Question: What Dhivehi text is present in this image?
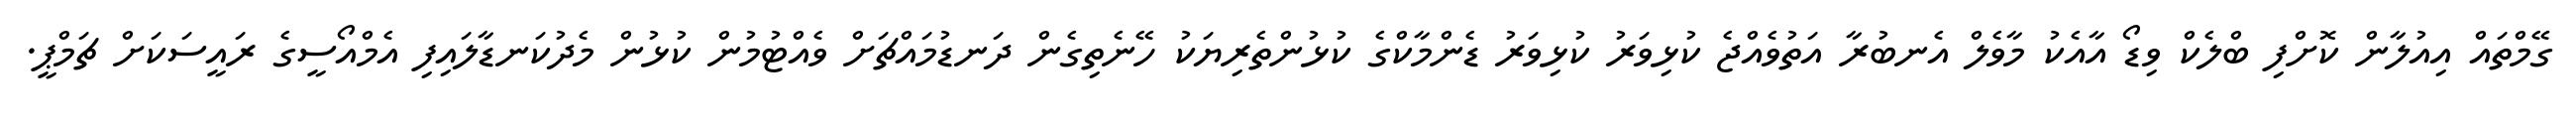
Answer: ގޭމްތައް އިއުލާން ކޮށްފި ބްލެކް ވިޑޯ އާއެކު މާވެލް އެނބުރާ އަތުވެއްޖެ ކުޅިވަރު ކުޅިވަރު ޑެންމާކްގެ ކުޅުންތެރިޔަކު ހޭނެތިގެން ދަނޑުމައްޗަށް ވެއްޓުމުން ކުޅުން މެދުކަނޑާލައިފި އެމްއޯސީގެ ރައީސަކަށް ޗަމްޕީ.